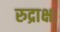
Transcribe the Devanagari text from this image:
रुद्राक्षः